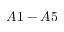
A 1 - A 5